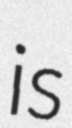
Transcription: is